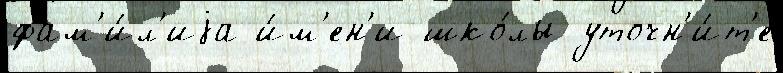
фам'и́л'иjа и́м'ен'и шко́лы уточн'и́т'е